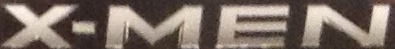
X-MEN